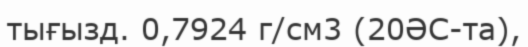
тығызд. 0,7924 г/см3 (20ӘС-та),